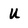
Character: U